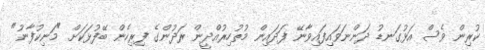
ކުރިން ވެސް އަޅުގަނޑު ދަންނަވައިފައިވާނޭ ފަދައިން މުޡުހިރުއްދީން ރަދުންގެ ފިރިހެން ބޭފުޅަކަށް "މަނިކުފާނު"